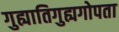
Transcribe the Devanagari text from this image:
गुह्यातिगुह्यगोपता